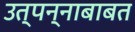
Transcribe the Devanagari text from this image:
उत्पन्नाबाबत